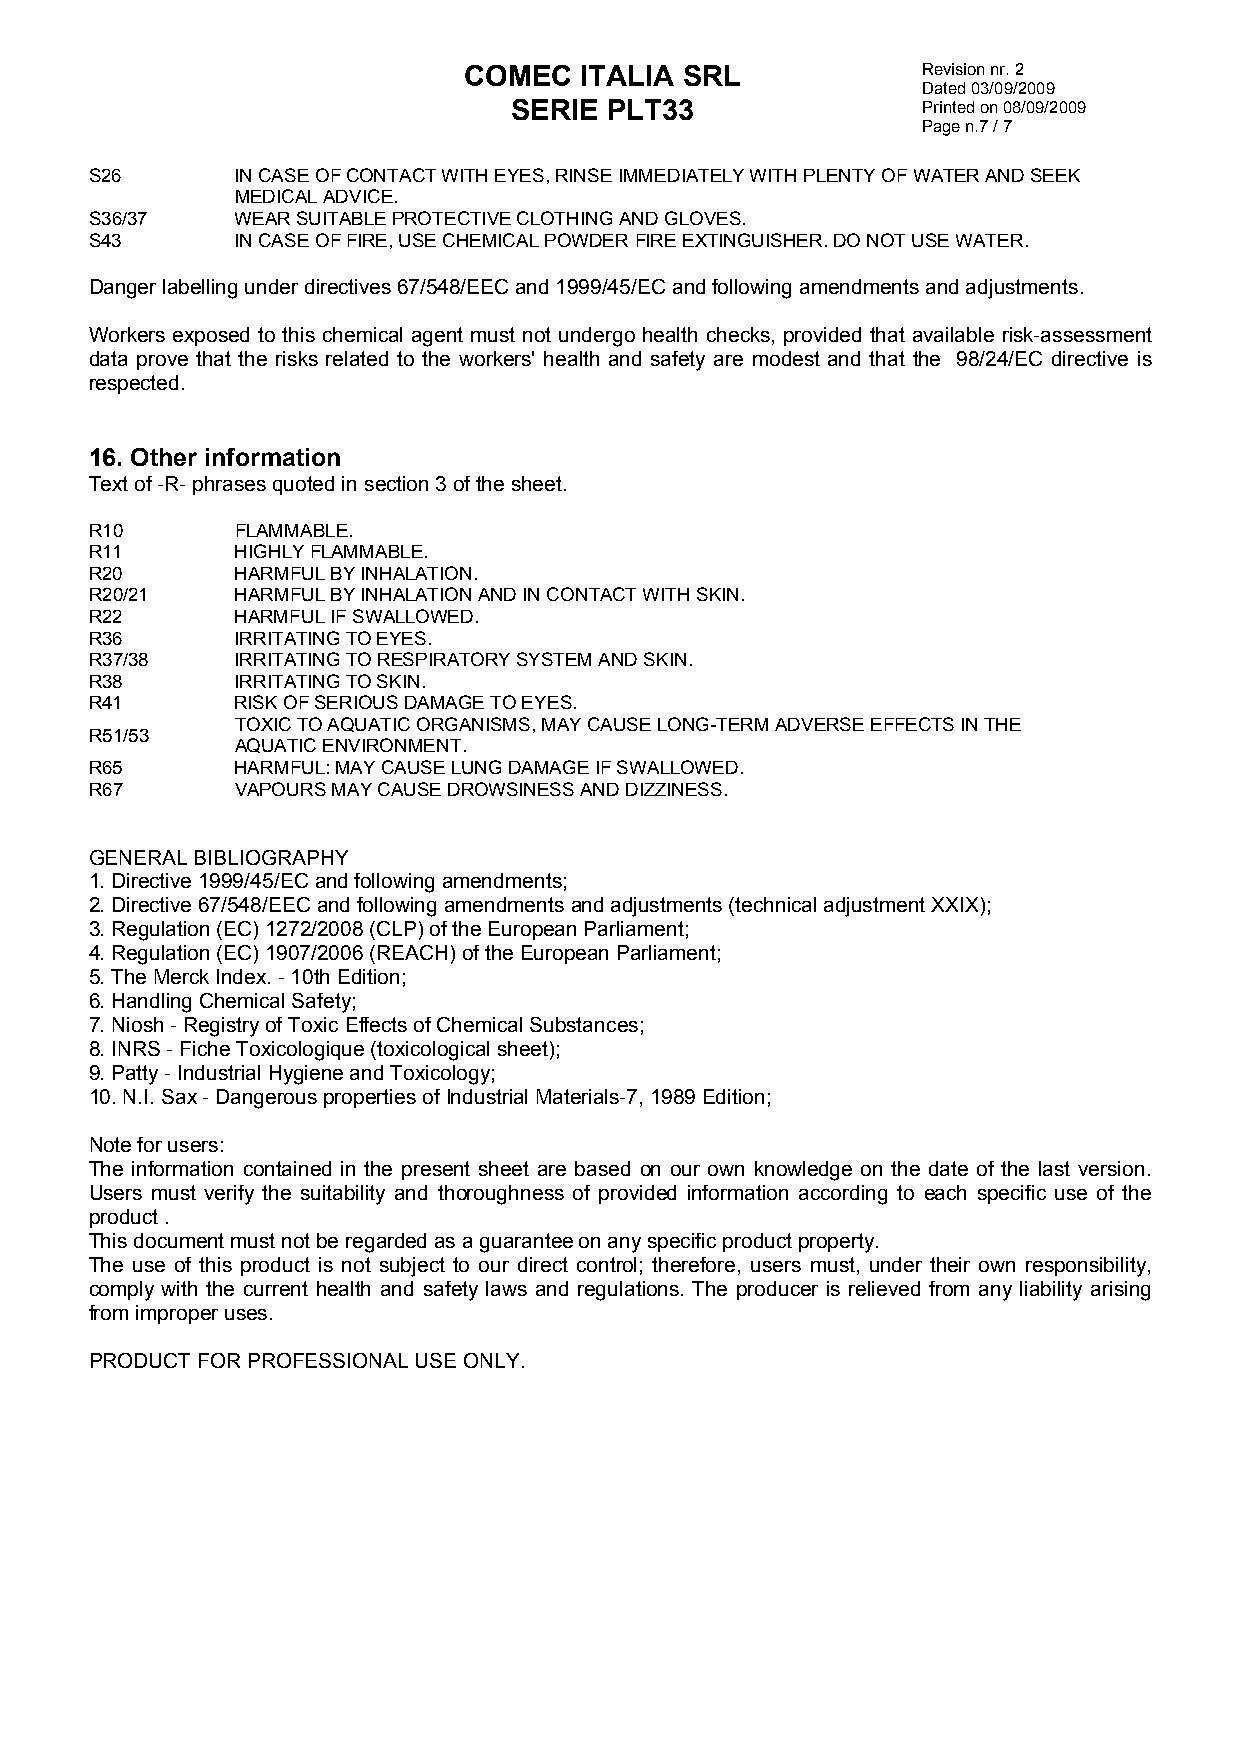
COMEC  ITALIA SRL             Revision nr. 2
 Dated 03/09/2009
 SERIE PLT33                Printed on 08/09/2009
 Page n.7 / 7
 S26       IN CASE OF CONTACT WITH EYES, RINSE IMMEDIATELY WITH PLENTY OF WATER AND SEEK
 MEDICAL ADVICE.
 S36/37    WEAR SUITABLE PROTECTIVE CLOTHING AND GLOVES.
 S43       IN CASE OF FIRE, USE CHEMICAL POWDER FIRE EXTINGUISHER. DO NOT USE WATER.
 Danger labelling under directives 67/548/EEC and 1999/45/EC and following amendments and adjustments.
 Workers exposed to this chemical agent must not undergo health checks, provided that available risk-assessment
 data prove that the risks related to the workers' health and safety are modest and that the 98/24/EC directive is
 respected.
 16. Other information
 Text of -R- phrases quoted in section 3 of the sheet.
 R10       FLAMMABLE.
 R11       HIGHLY FLAMMABLE.
 R20       HARMFUL BY INHALATION.
 R20/21    HARMFUL BY INHALATION AND IN CONTACT WITH SKIN.
 R22       HARMFUL IF SWALLOWED.
 R36       IRRITATING TO EYES.
 R37/38    IRRITATING TO RESPIRATORY SYSTEM AND SKIN.
 R38       IRRITATING TO SKIN.
 R41       RISK OF SERIOUS DAMAGE TO EYES.
 TOXIC TO AQUATIC ORGANISMS, MAY CAUSE LONG-TERM ADVERSE EFFECTS IN THE
 R51/53
 AQUATIC ENVIRONMENT.
 R65       HARMFUL: MAY CAUSE LUNG DAMAGE IF SWALLOWED.
 R67       VAPOURS MAY CAUSE DROWSINESS AND DIZZINESS.
 GENERAL BIBLIOGRAPHY
 1. Directive 1999/45/EC and following amendments;
 2. Directive 67/548/EEC and following amendments and adjustments (technical adjustment XXIX);
 3. Regulation (EC) 1272/2008 (CLP) of the European Parliament;
 4. Regulation (EC) 1907/2006 (REACH) of the European Parliament;
 5. The Merck Index. - 10th Edition;
 6. Handling Chemical Safety;
 7. Niosh - Registry of Toxic Effects of Chemical Substances;
 8. INRS - Fiche Toxicologique (toxicological sheet);
 9. Patty - Industrial Hygiene and Toxicology;
 10. N.I. Sax - Dangerous properties of Industrial Materials-7, 1989 Edition;
 Note for users:
 The information contained in the present sheet are based on our own knowledge on the date of the last version.
 Users must verify the suitability and thoroughness of provided information according to each specific use of the
 product .
 This document must not be regarded as a guarantee on any specific product property.
 The use of this product is not subject to our direct control; therefore, users must, under their own responsibility,
 comply with the current health and safety laws and regulations. The producer is relieved from any liability arising
 from improper uses.
 PRODUCT FOR PROFESSIONAL USE ONLY.